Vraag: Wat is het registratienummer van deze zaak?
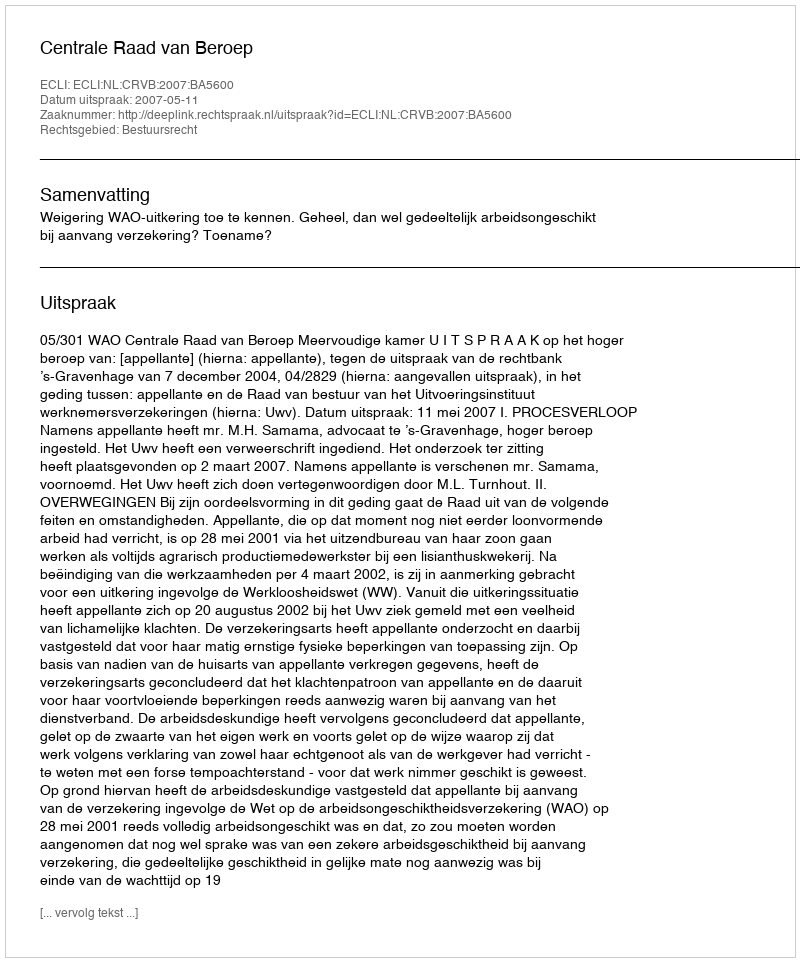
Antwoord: http://deeplink.rechtspraak.nl/uitspraak?id=ECLI:NL:CRVB:2007:BA5600